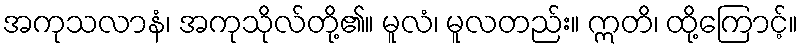
အကုသလာနံ၊ အကုသိုလ်တို့၏။ မူလံ၊ မူလတည်း။ ဣတိ၊ ထို့ကြောင့်။